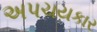
અપચયકાર